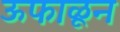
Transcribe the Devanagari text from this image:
ऊफाळून